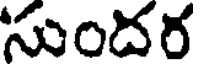
సుందర